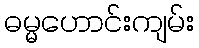
ဓမ္မဟောင်းကျမ်း